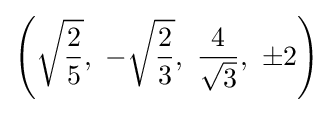
\left({\sqrt {\frac {2}{5}}},\ -{\sqrt {\frac {2}{3}}},\ {\frac {4}{\sqrt {3}}},\ \pm 2\right)